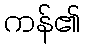
ကန်၏